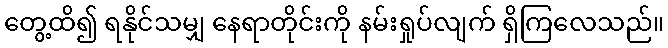
တွေ့ထိ၍ ရနိုင်သမျှ နေရာတိုင်းကို နမ်းရှုပ်လျက် ရှိကြလေသည်။